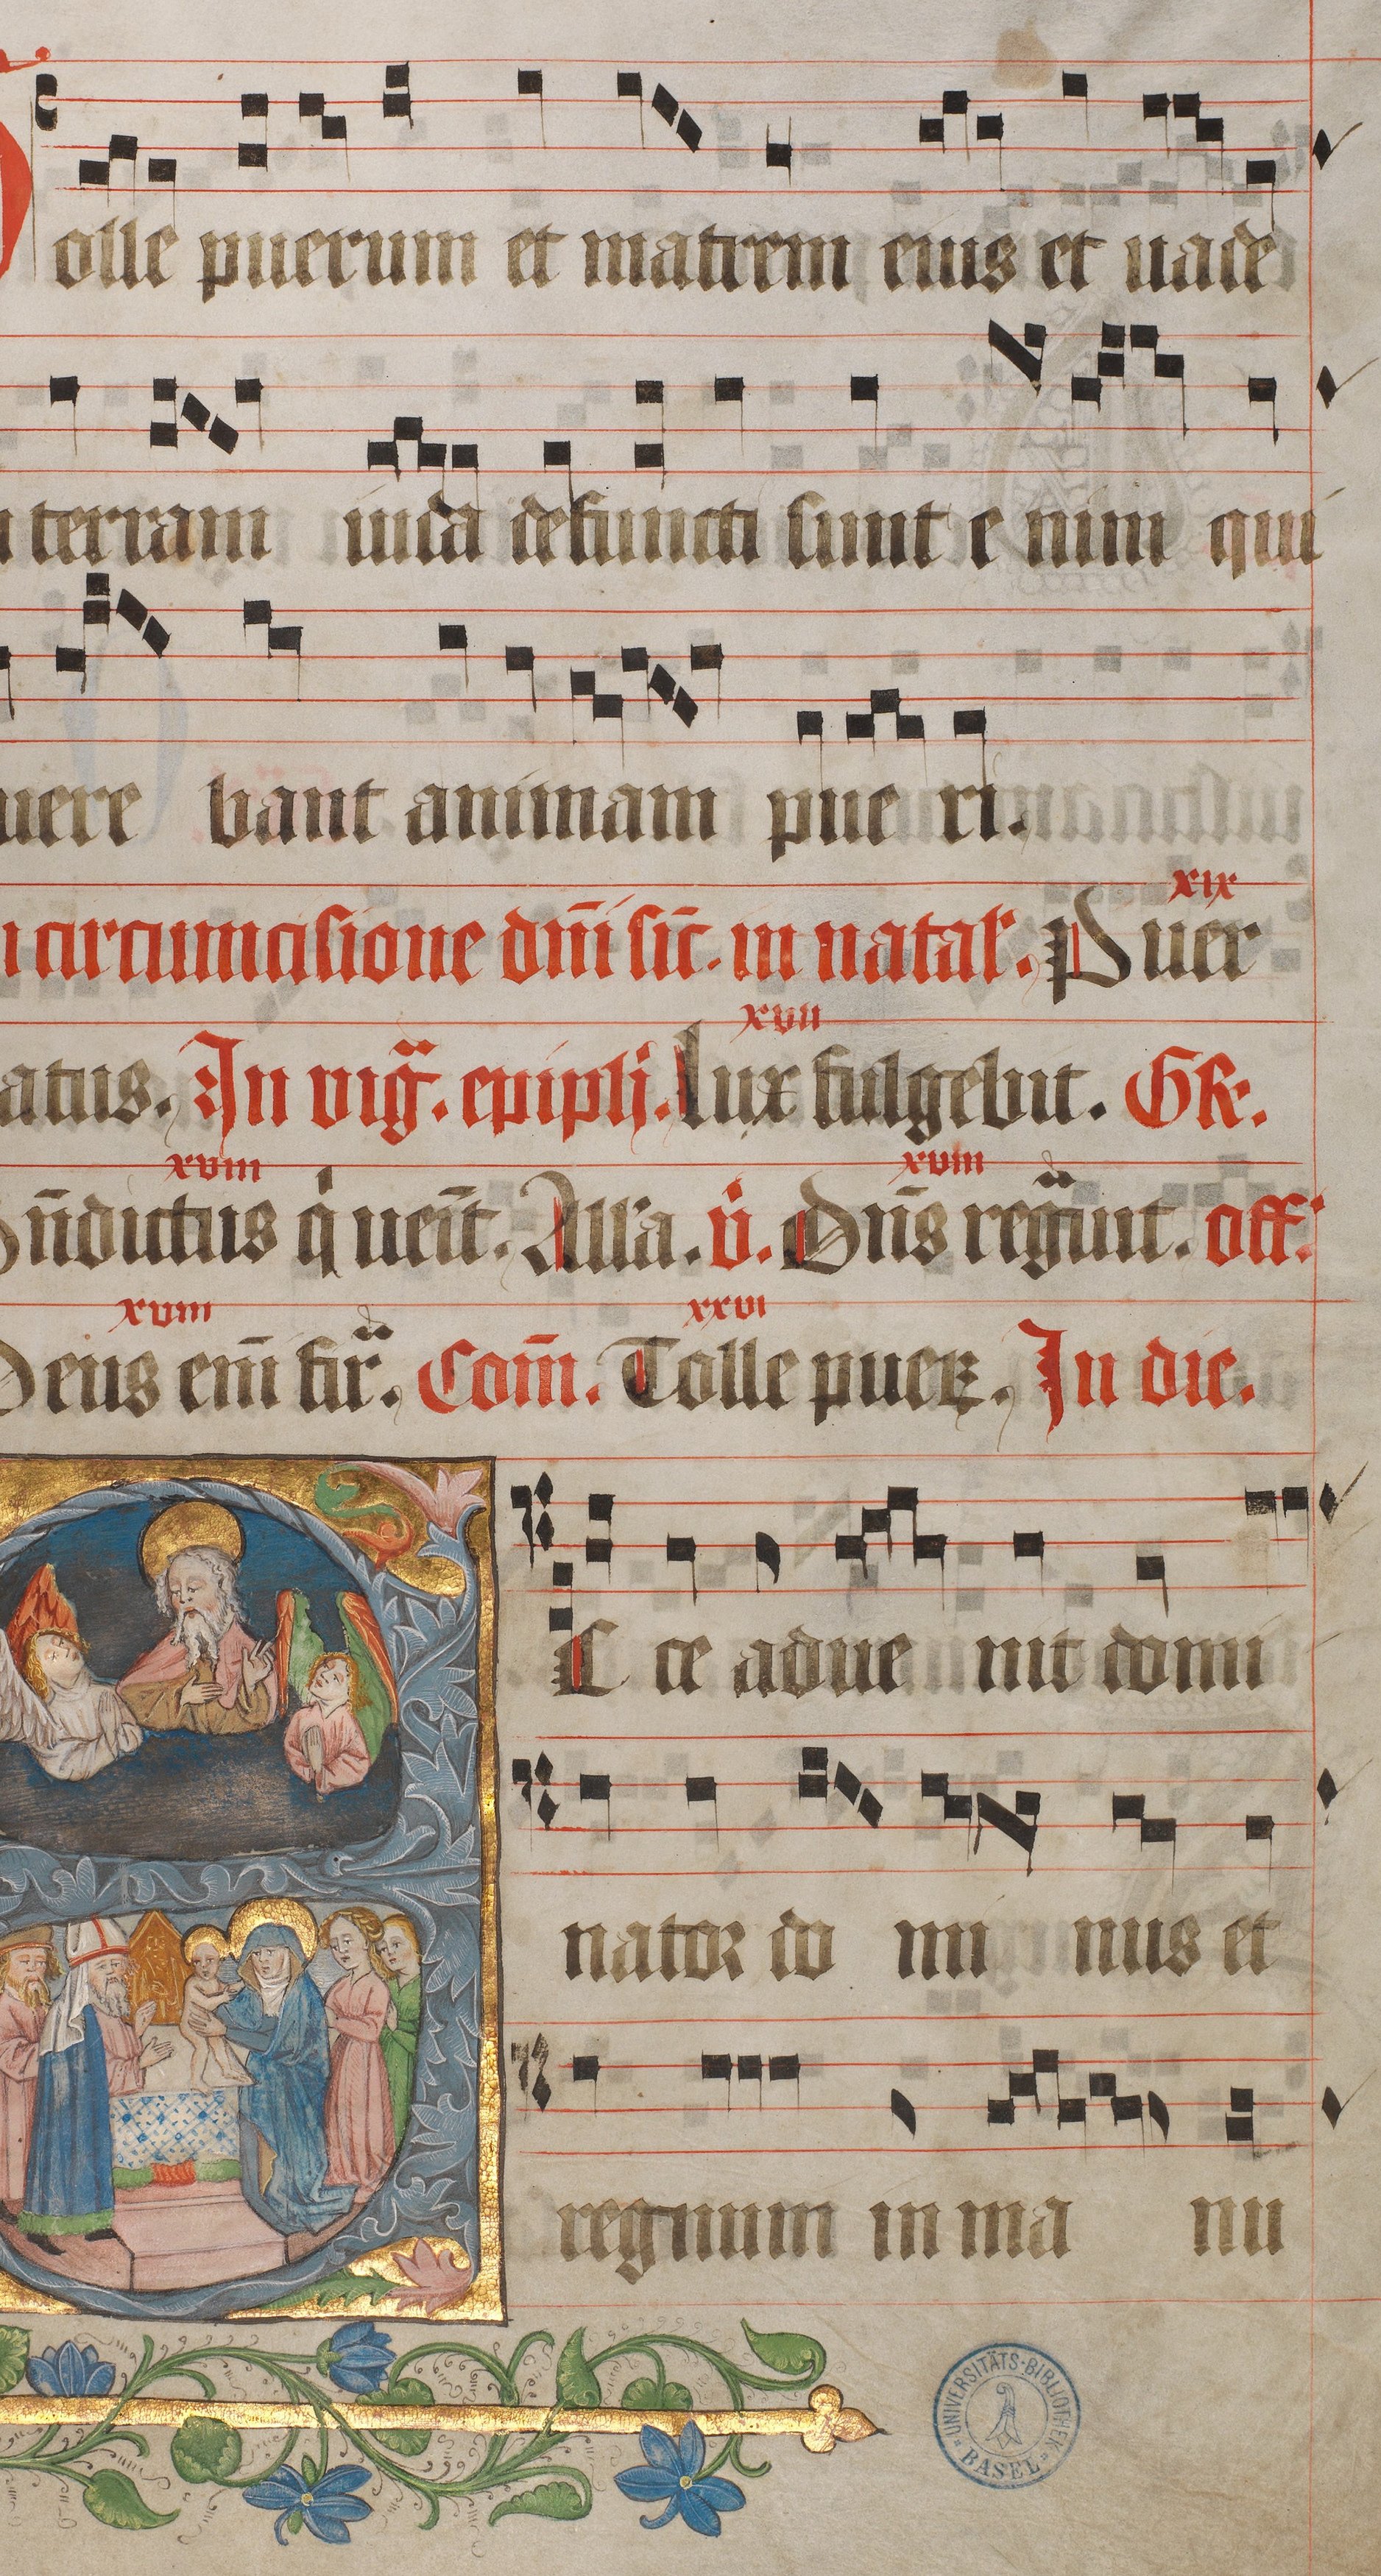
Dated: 1445–1475